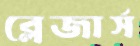
ব্লেজার্স